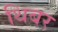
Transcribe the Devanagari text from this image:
थिबर